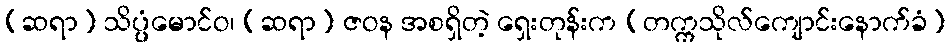
(ဆရာ) သိပ္ပ္ပံမောင်ဝ၊ (ဆရာ) ဇဝန အစရှိတဲ့ ရှေးတုန်းက (တက္ကသိုလ်ကျောင်းနောက်ခံ)